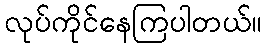
လုပ်ကိုင်နေကြပါတယ်။